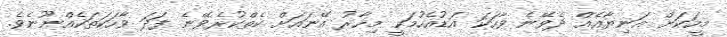
މީހަކަށް އަނިޔާއެއް ދެވޭނެ ވާހަކަ އަޑުއެހުމަކީ މިހާރު އޭނައަށް ކެތްކުރެވޭނެ ފަދަ ވާހަކަތަކެއްނޫނެވެ.